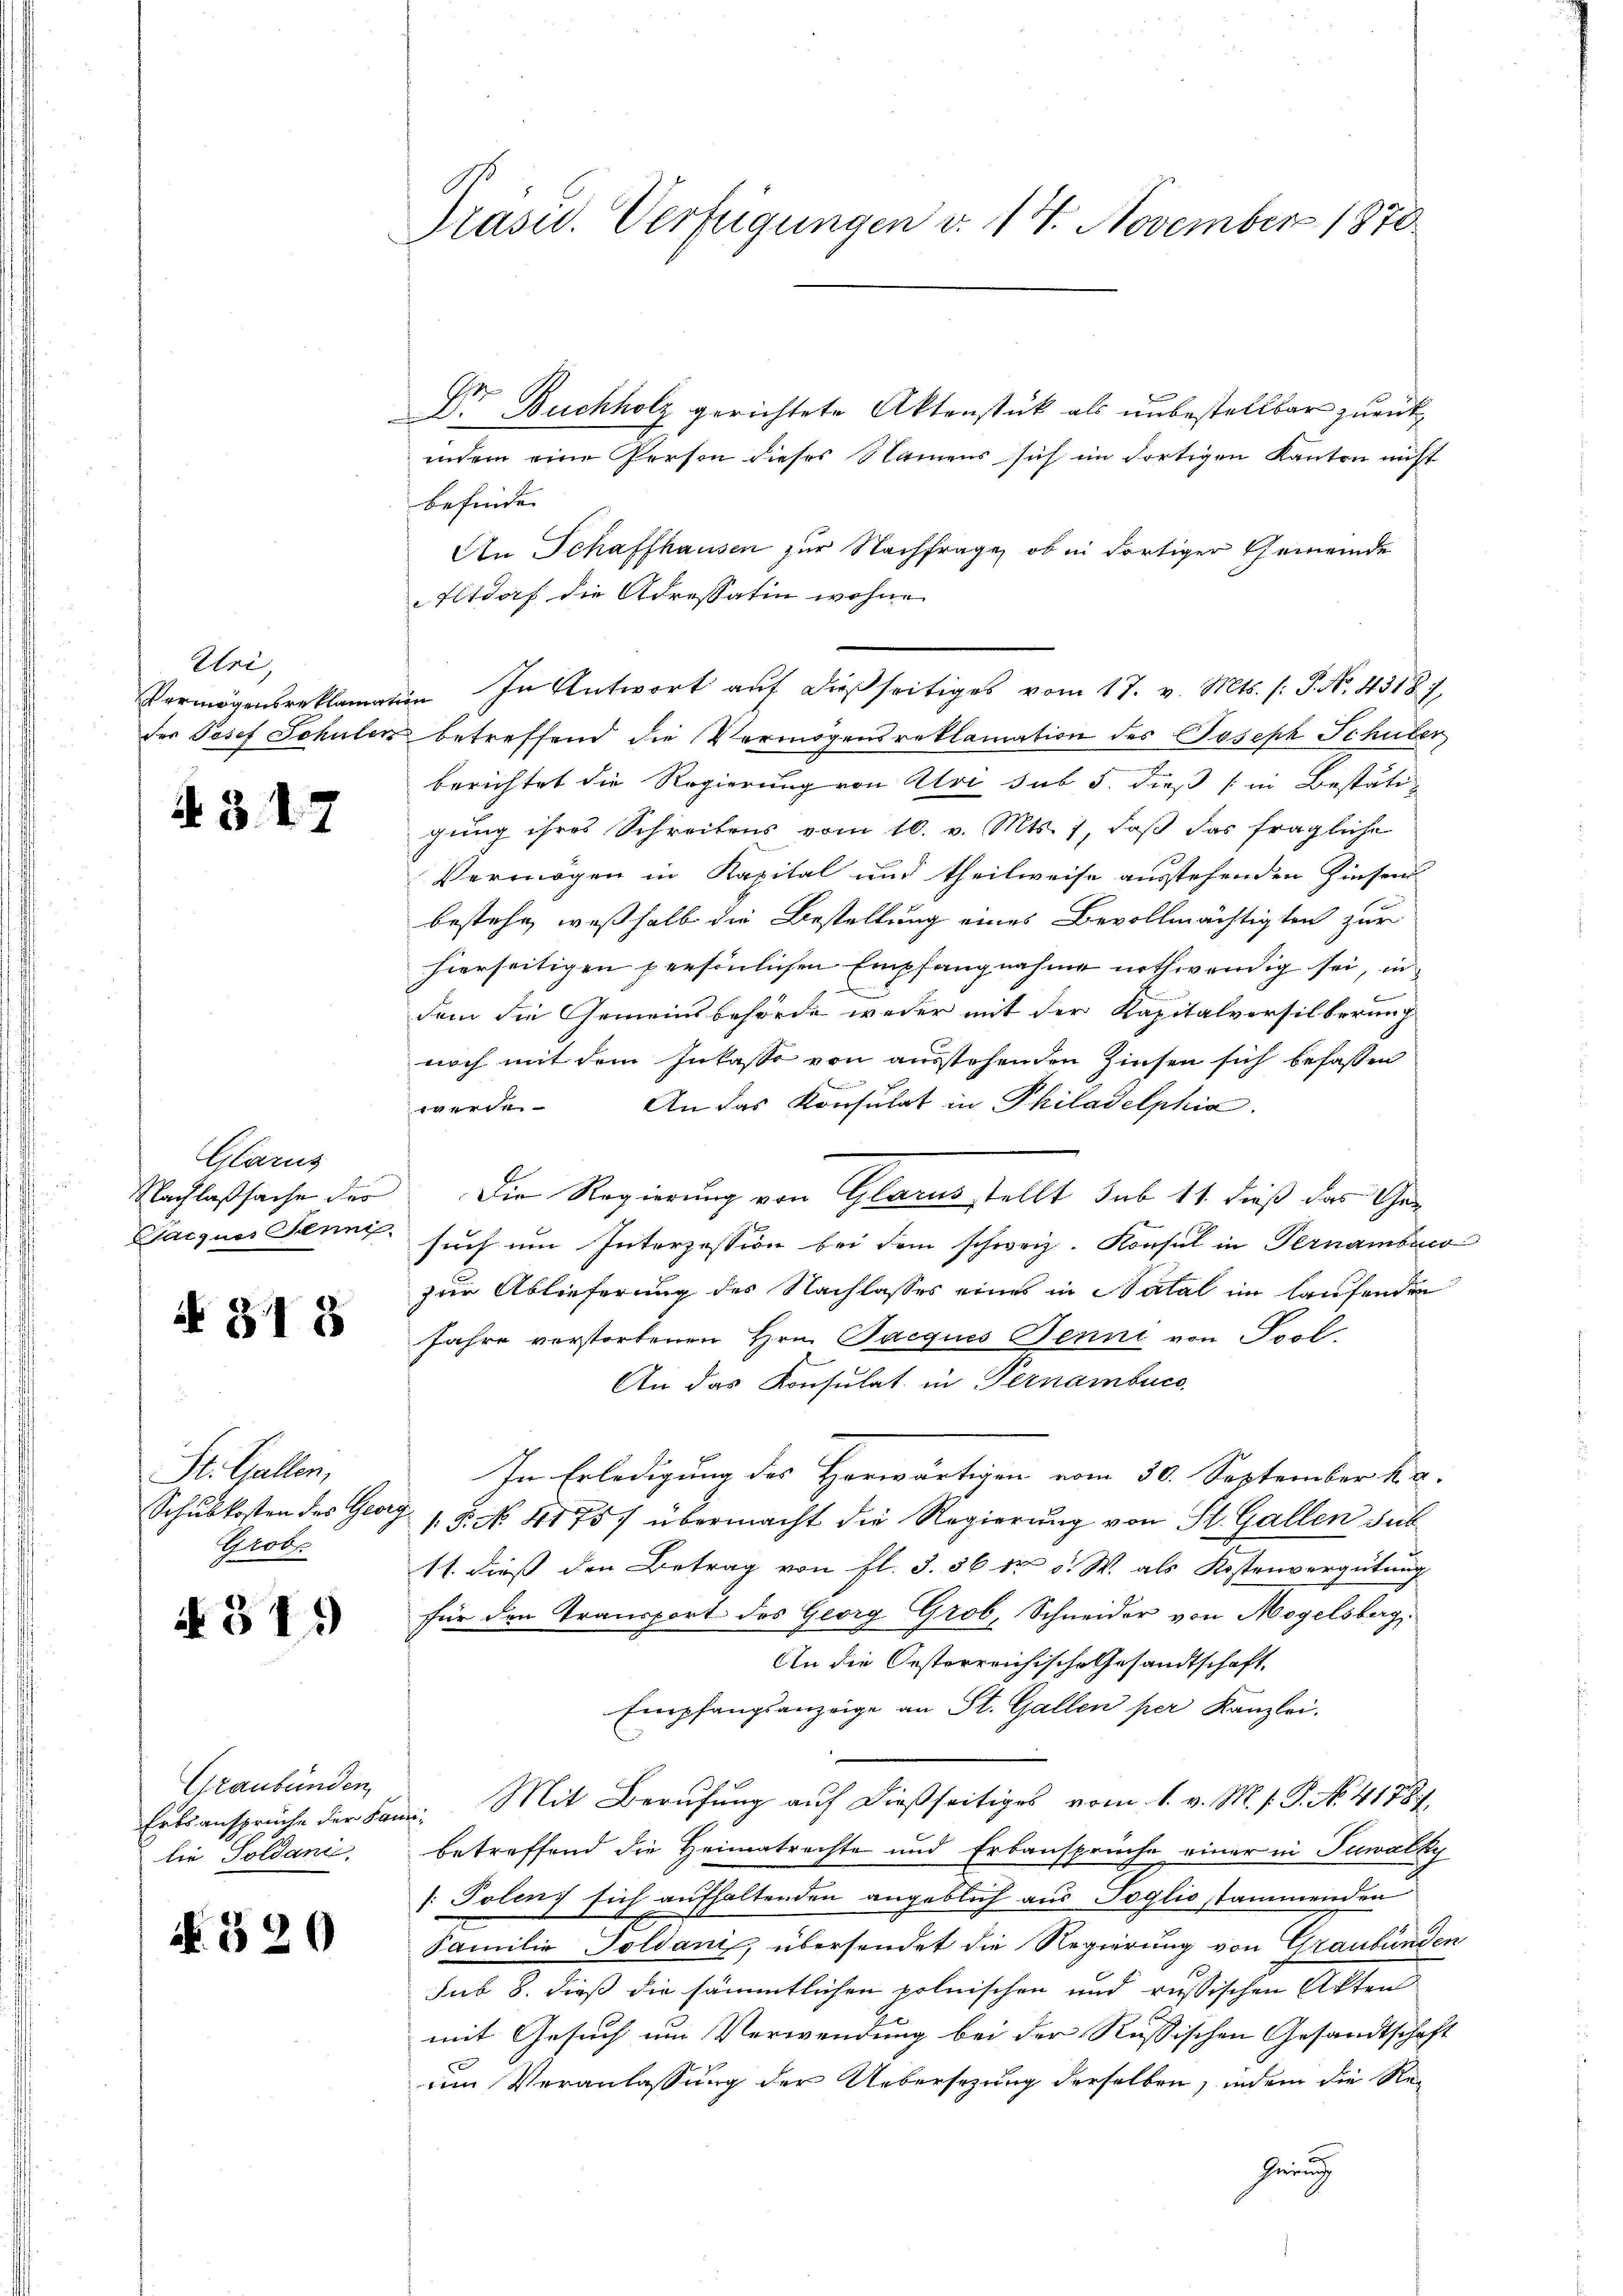
Wei,

317

Glarus

N 318

St. Gallen,
Grob

N 31.

Graubünden
lie Goldanić.

N 320

Präsid. Verfügungen d. 14. November 1870

Dr. Buchholz gerichtete Aktenstück als unbestellbar zurückindem eine Person dieser Namens sich im dortigen Kanton nicht
befinde
An Schaffhausen zur Nachfrage, ob in dortiger Gemeinde
Eltdorf die Adressatin wohne
Vermögensreklamation. In Antwort aŭf dießseitiges vom 17. v. Mts. (: P. No. 4318. 7.
der Josef Schulen betreffend die Vermögensreklamation des Joseph Schuber
berichtet die Regierung von Uri sub 5. dieß (in Bestätig
gung ihres Schreibens vom 10. v. Mts. 7, daß das fragliche
Vermögen in Kapital und theilweise ausstehenden Zinsen
bestehe, weßhalb die Bestellung eines Bevollmächtigten zur
hierseitigen persönlichen Empfangnahme nothwendig sei, in
dem die Gemeinsbehörde weder mit der Kapitalversilberung
noch mit dem Inkasse von ausstehenden Zinsen sich befassen
werde. An das Konsulat in Philadelphia
Nachlaßsache der Die Regierung von Glarus stellt sub 11 dieß das Ge¬
Garques Senni such um Interzession bei dem schweiz. Konsul in Pernambuco
zur Ablieferung des Nachlasses eines in Natal im laufenden
Jahre verstorbenen Hrn. Jacquis Jenni von Isol
An das Konsulat in Pernambuce
In Erledigung des Horwärtigen vom 30. September k.
Schulkosten des Georg 15. No. 41757 übermacht die Regierung von St. Gallen sub
11. dieß den Betrag von fl. 3. 56 kr v. W. als Kostenvergütung
für den Transport des Georg Grob, Schneider von Mogelsberg.
An die Oesterreichische Gesandtschaft
Empfangsanzeige an St. Gallen per Kanzlei.
Erbsansprüche der Fami, Mit Berufung auf dießseitiges vom 1. v. M. s. S. No. 41787.
betreffend die Heimatrechte und Erbansprüche einer in Tuwalhy
1. Polenz sich aufhaltenden angeblich aus Toglio stammenden
Familie Goldani, übersendet die Regierung von Graubünden
sub 8. dieß die sämmtlichen polnischen und russischen Akten
mit Gesuch um Verwendung bei der Russischen Gesandtschaft
um Veranlassung der Uebersezung derselben, indem die Rei
hring